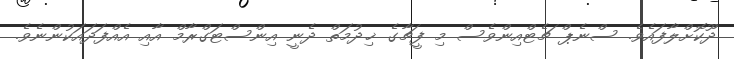
ދޫކޮށްލާފައެވެ. ސްނެޕް ޗެޓްއިންވެސް މި ފީޗާގެ ޚިދުމަތް ދެނީ އިންސްޓަގްރާމް އާއި އެއްފަދައަކުންނެވެ.